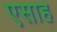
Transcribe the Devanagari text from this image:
एसाह